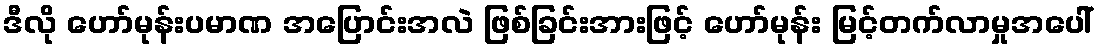
ဒီလို ဟော်မုန်းပမာဏ အပြောင်းအလဲ ဖြစ်ခြင်းအားဖြင့် ဟော်မုန်း မြင့်တက်လာမှုအပေါ်